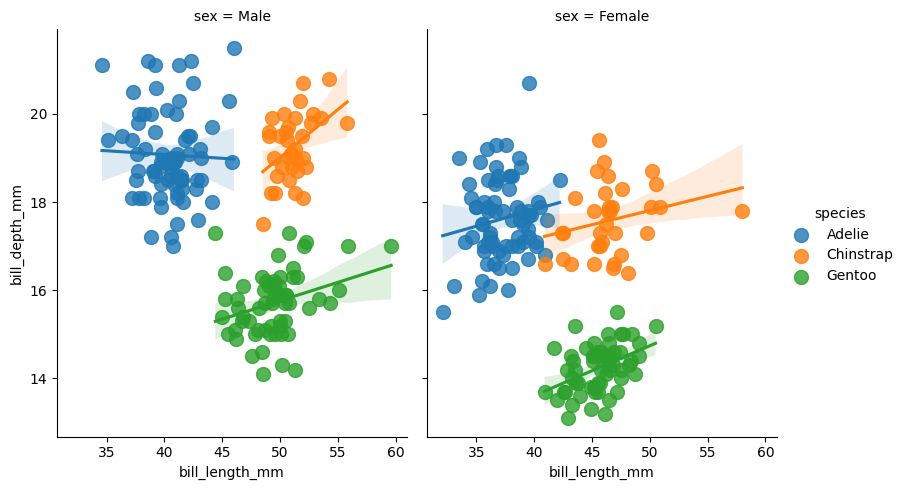
python, seaborn, lmplot, aspect=0.8, order=1, markers='o'